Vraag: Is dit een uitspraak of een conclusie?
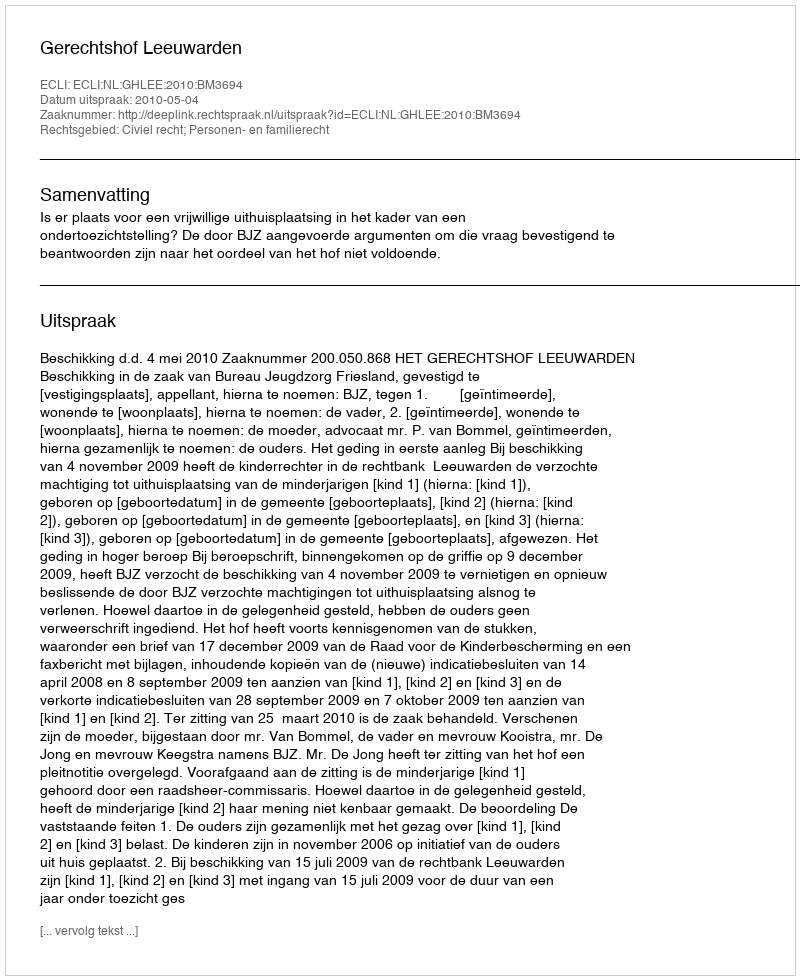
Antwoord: Uitspraak